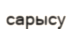
сарысу